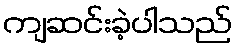
ကျဆင်းခဲ့ပါသည်